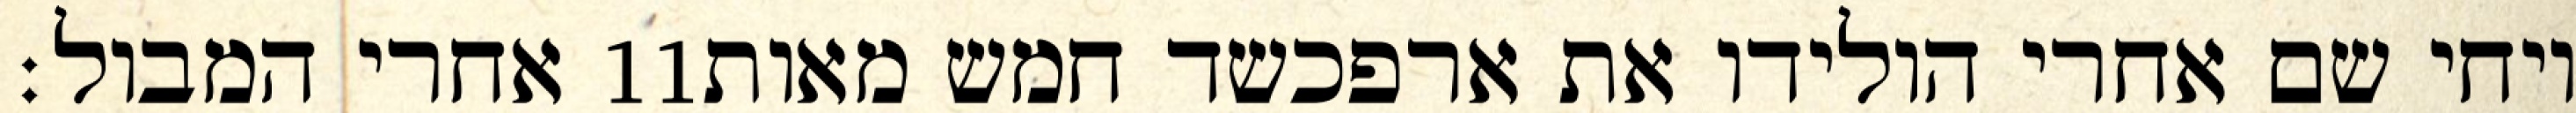
אחרי המבול׃ ‎11‏ ויחי שם אחרי הולידו את ארפכשד חמש מאות